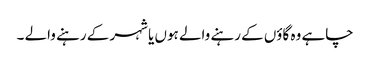
چاہے وہ گاؤں کے رہنے والے ہوں یا شہر کے رہنے والے ۔